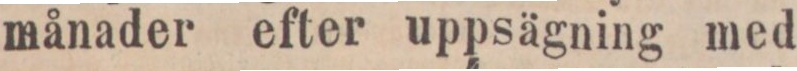
månader efter uppsägning med